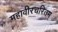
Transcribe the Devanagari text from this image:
महावीरचरितम्